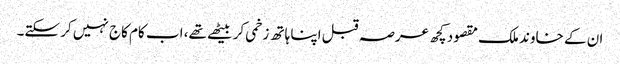
ان کے خاوند ملک مقصود کچھ عرصہ قبل اپنا ہاتھ زخمی کر بیٹھے تھے، اب کام کاج نہیں کر سکتے۔